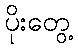
ပိုးတွေ့